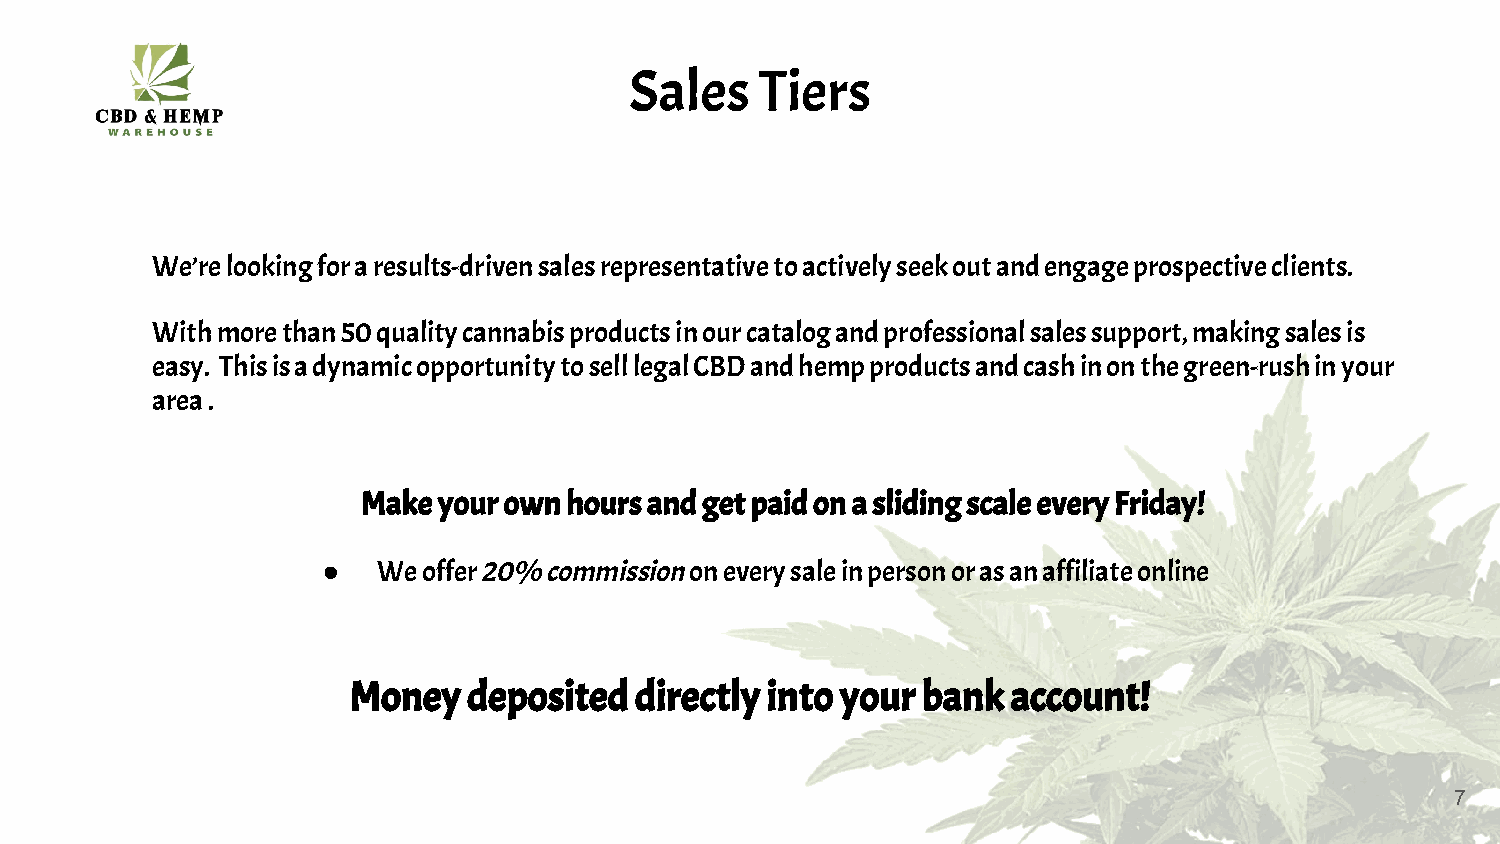
Sales   Tiers
 We’re looking for a results-driven sales representative to actively seek out and engage prospective clients.
 With more than 50 quality cannabis products in our catalog and professional sales support, making sales is
 easy. This is a dynamic opportunity to sell legal CBD and hemp products and cash in on the green-rush in your
 area .
 Make your own hours and get paid on a sliding scale every Friday!
 ●   We offer 20% commission on every sale in person or as an affiliate online
 Money   deposited  directly into your bank  account!
 7